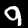
Label: 9